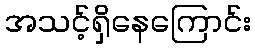
အသင့်ရှိနေကြောင်း